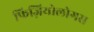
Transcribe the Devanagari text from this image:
फिज़ियोलोगस